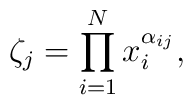
\zeta_j = \prod_{i=1}^N x_i^{\alpha_{ij}},